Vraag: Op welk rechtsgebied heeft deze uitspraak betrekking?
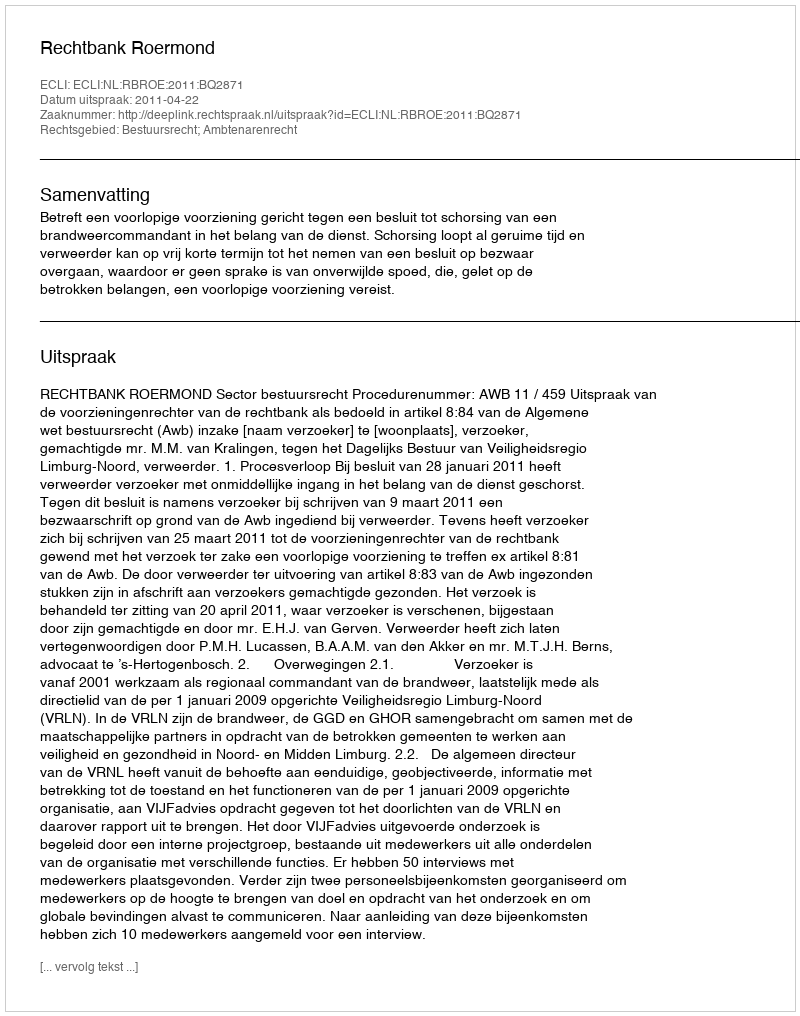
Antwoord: Bestuursrecht; Ambtenarenrecht